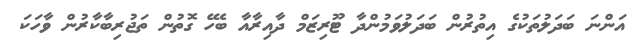
އަންނަ ބަދަލުތަކުގެ އިތުރުން ބަދަލުވަމުންދާ ޓޫރިޒަމް ދާއިރާއާ ބެހޭ ގޮތުން ތަޖުރިބާކާރުން ވާހަކަ